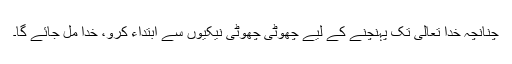
چنانچہ خدا تعالیٰ تک پہنچنے کے لیے چھوٹی چھوٹی نیکیوں سے ابتداء کرو، خدا مل جائے گا۔